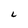
Character: L